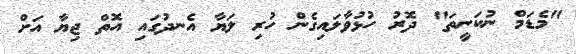
"މެޑަމް ނުކަނީތަ" ދޮރު ހުޅުވާލައިގެން ހުރި ލަޔާ އެނދުގައި އޮތް ޖިޔާ އަށް